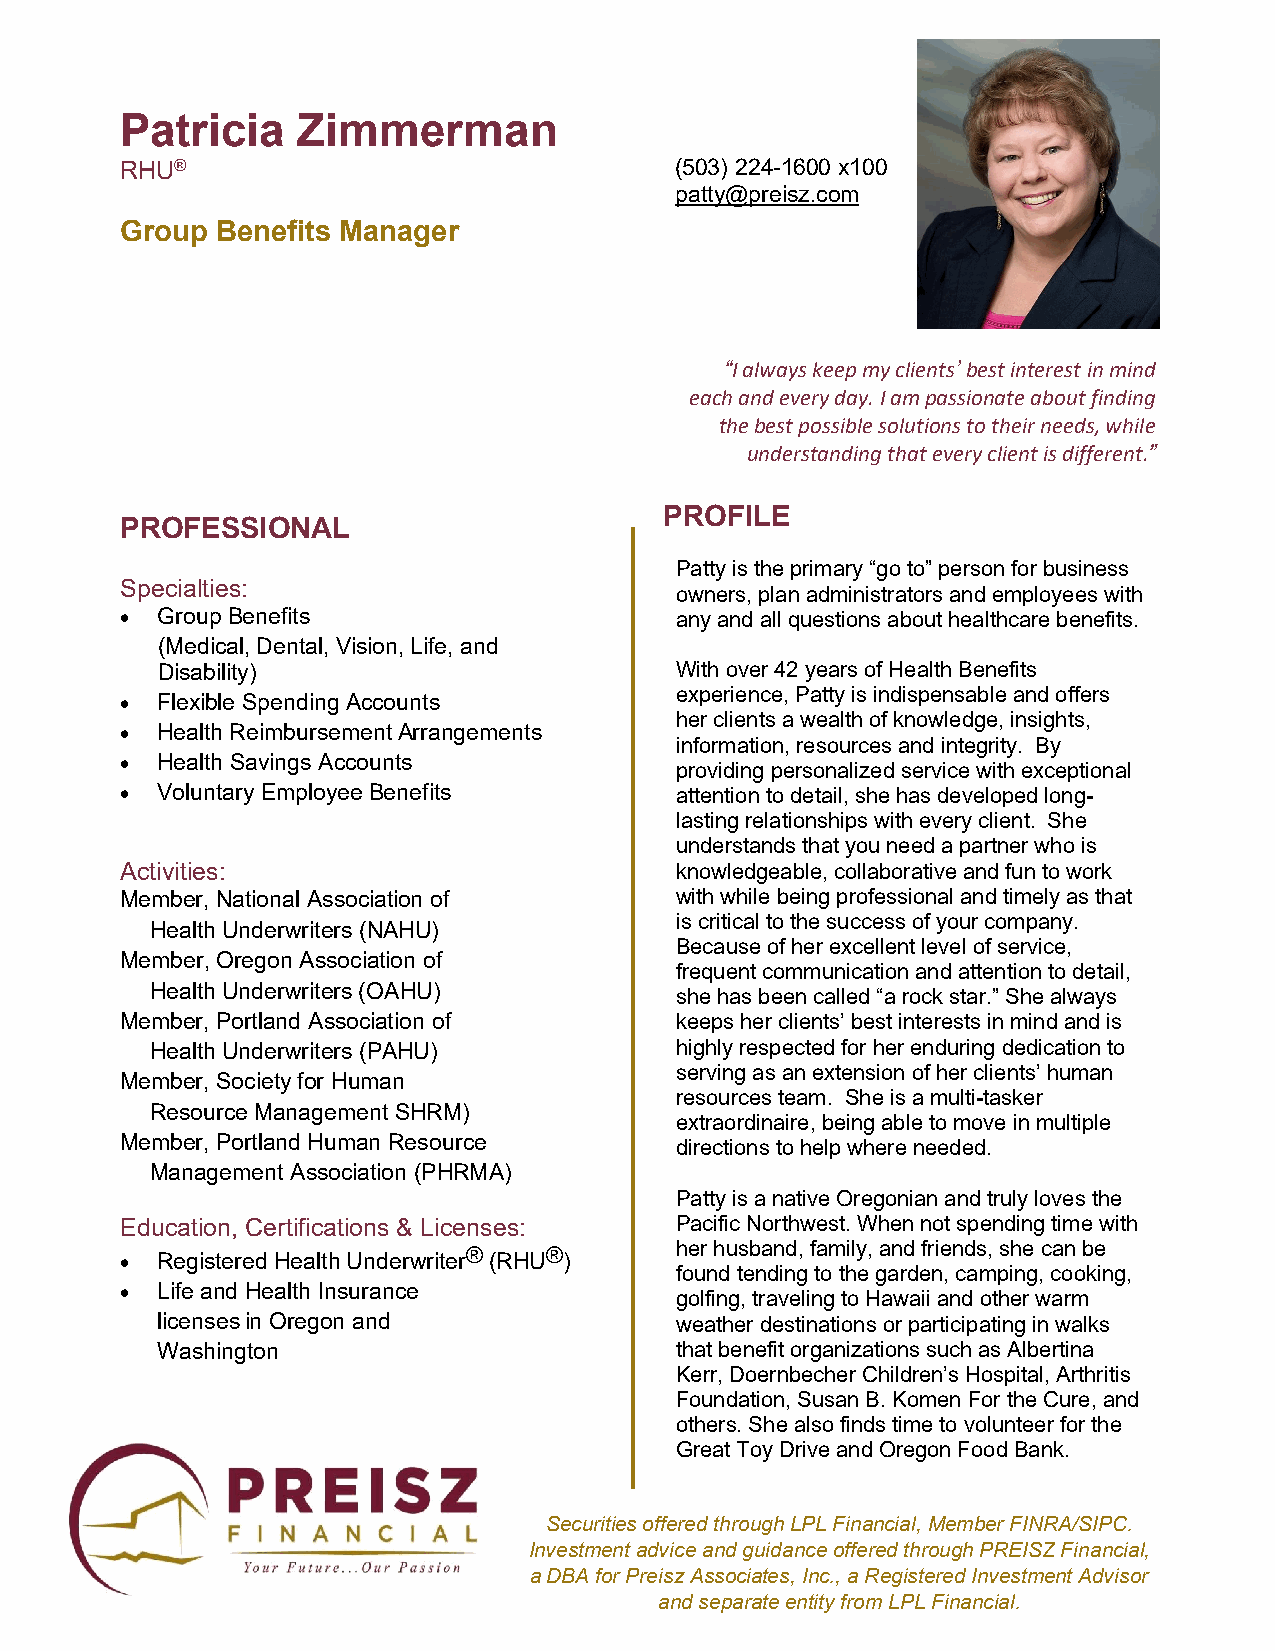
Patricia    Zimmerman
 RHU®                                 (503) 224-1600 x100
 patty@preisz.com
 Group Benefits Manager
 “I always keep my clients’ best interest in mind
 each and every day. I am passionate about finding
 the best possible solutions to their needs, while
 understanding that every client is different.”
 PROFILE
 PROFESSIONAL
 Patty is the primary “go to” person for business
 Specialties:
 owners, plan administrators and employees with
 • Group Benefits                     any and all questions about healthcare benefits.
 (Medical, Dental, Vision, Life, and
 Disability)                        With over 42 years of Health Benefits
 experience, Patty is indispensable and offers
 • Flexible Spending Accounts
 her clients a wealth of knowledge, insights,
 • Health Reimbursement Arrangements
 information, resources and integrity. By
 • Health Savings Accounts
 providing personalized service with exceptional
 • Voluntary Employee Benefits        attention to detail, she has developed long-
 lasting relationships with every client. She
 understands that you need a partner who is
 Activities:                          knowledgeable, collaborative and fun to work
 Member, National Association of      with while being professional and timely as that
 is critical to the success of your company.
 Health Underwriters (NAHU)
 Because of her excellent level of service,
 Member, Oregon Association of
 frequent communication and attention to detail,
 Health Underwriters (OAHU)
 she has been called “a rock star.” She always
 Member, Portland Association of      keeps her clients’ best interests in mind and is
 Health Underwriters (PAHU)         highly respected for her enduring dedication to
 serving as an extension of her clients’ human
 Member, Society for Human
 resources team. She is a multi-tasker
 Resource Management SHRM)
 extraordinaire, being able to move in multiple
 Member, Portland Human Resource      directions to help where needed.
 Management Association (PHRMA)
 Patty is a native Oregonian and truly loves the
 Education, Certifications & Licenses: Pacific Northwest. When not spending time with
 her husband, family, and friends, she can be
 • Registered Health Underwriter® (RHU® )
 found tending to the garden, camping, cooking,
 • Life and Health Insurance
 golfing, traveling to Hawaii and other warm
 licenses in Oregon and             weather destinations or participating in walks
 Washington                         that benefit organizations such as Albertina
 Kerr, Doernbecher Children’s Hospital, Arthritis
 Foundation, Susan B. Komen For the Cure, and
 others. She also finds time to volunteer for the
 Great Toy Drive and Oregon Food Bank.
 Securities offered through LPL Financial, Member FINRA/SIPC.
 Investment advice and guidance offered through PREISZ Financial,
 a DBA for Preisz Associates, Inc., a Registered Investment Advisor
 and separate entity from LPL Financial.